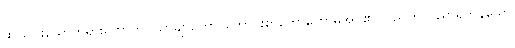
ဆယ်ပါးသောတရားတော်ကို။ သွာချာတော၊ ကောင်းစွာဟောတော်မူအပ်၏။ ဝိညူဟိ၊ ပညာရှိကုန်သော